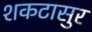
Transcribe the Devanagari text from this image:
शकटासुर